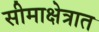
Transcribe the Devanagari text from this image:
सीमाक्षेत्रात